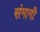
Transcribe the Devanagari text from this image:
संमागी